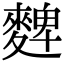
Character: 䴽